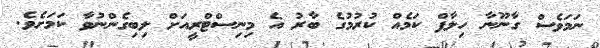
ނަމަވެސް ގާނޫނާ ހިލާފް ކަމެއް ކުރުމުގެ ބާރު އެ މިނިސްޓްރީއަށް ލިބިގެންނުވާ ކަމަށެވެ.